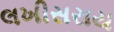
લખીસરાય